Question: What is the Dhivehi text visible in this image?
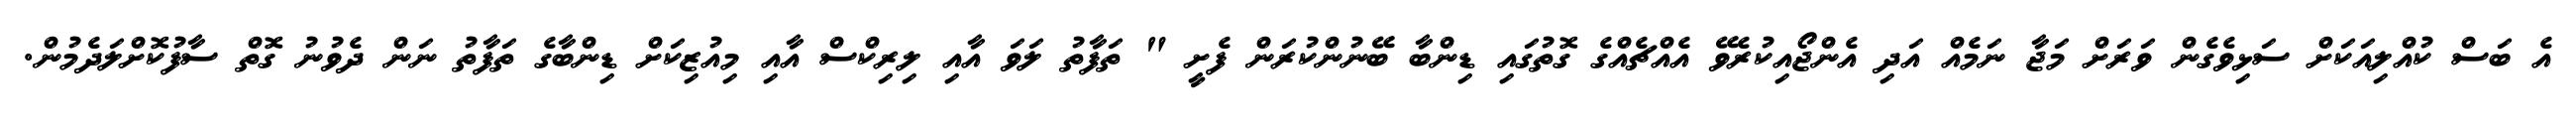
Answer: އެ ބަސް ކުއްލިއަކަށް ސަޅިވެގެން ވަރަށް މަޖާ ނަމެއް އަދި އެންޖޯއިކުރެވޭ އެއްޗެއްގެ ގޮތުގައި ޑިންބާ ބޭނުންކުރަން ފެށީ " ތަފާތު ލަވަ އާއި ލިރިކްސް އާއި މިއުޒިކަށް ޑިންބާގެ ތަފާތު ނަން ދެވުނު ގޮތް ސާފުކޮށްލަދެމުން.